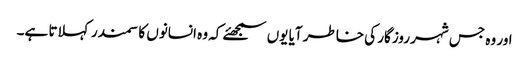
اور وہ جس شہر روزگار کی خاطر آیا یوں سمجھئے کہ وہ انسانوں کا سمندر کہلاتا ہے۔